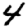
Digit: 4